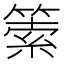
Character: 𥰼